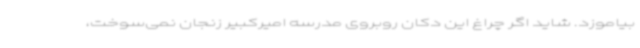
بیاموزد. شاید اگر چراغ این دکان روبروی مدرسه امیرکبیر زنجان نمی‌سوخت،